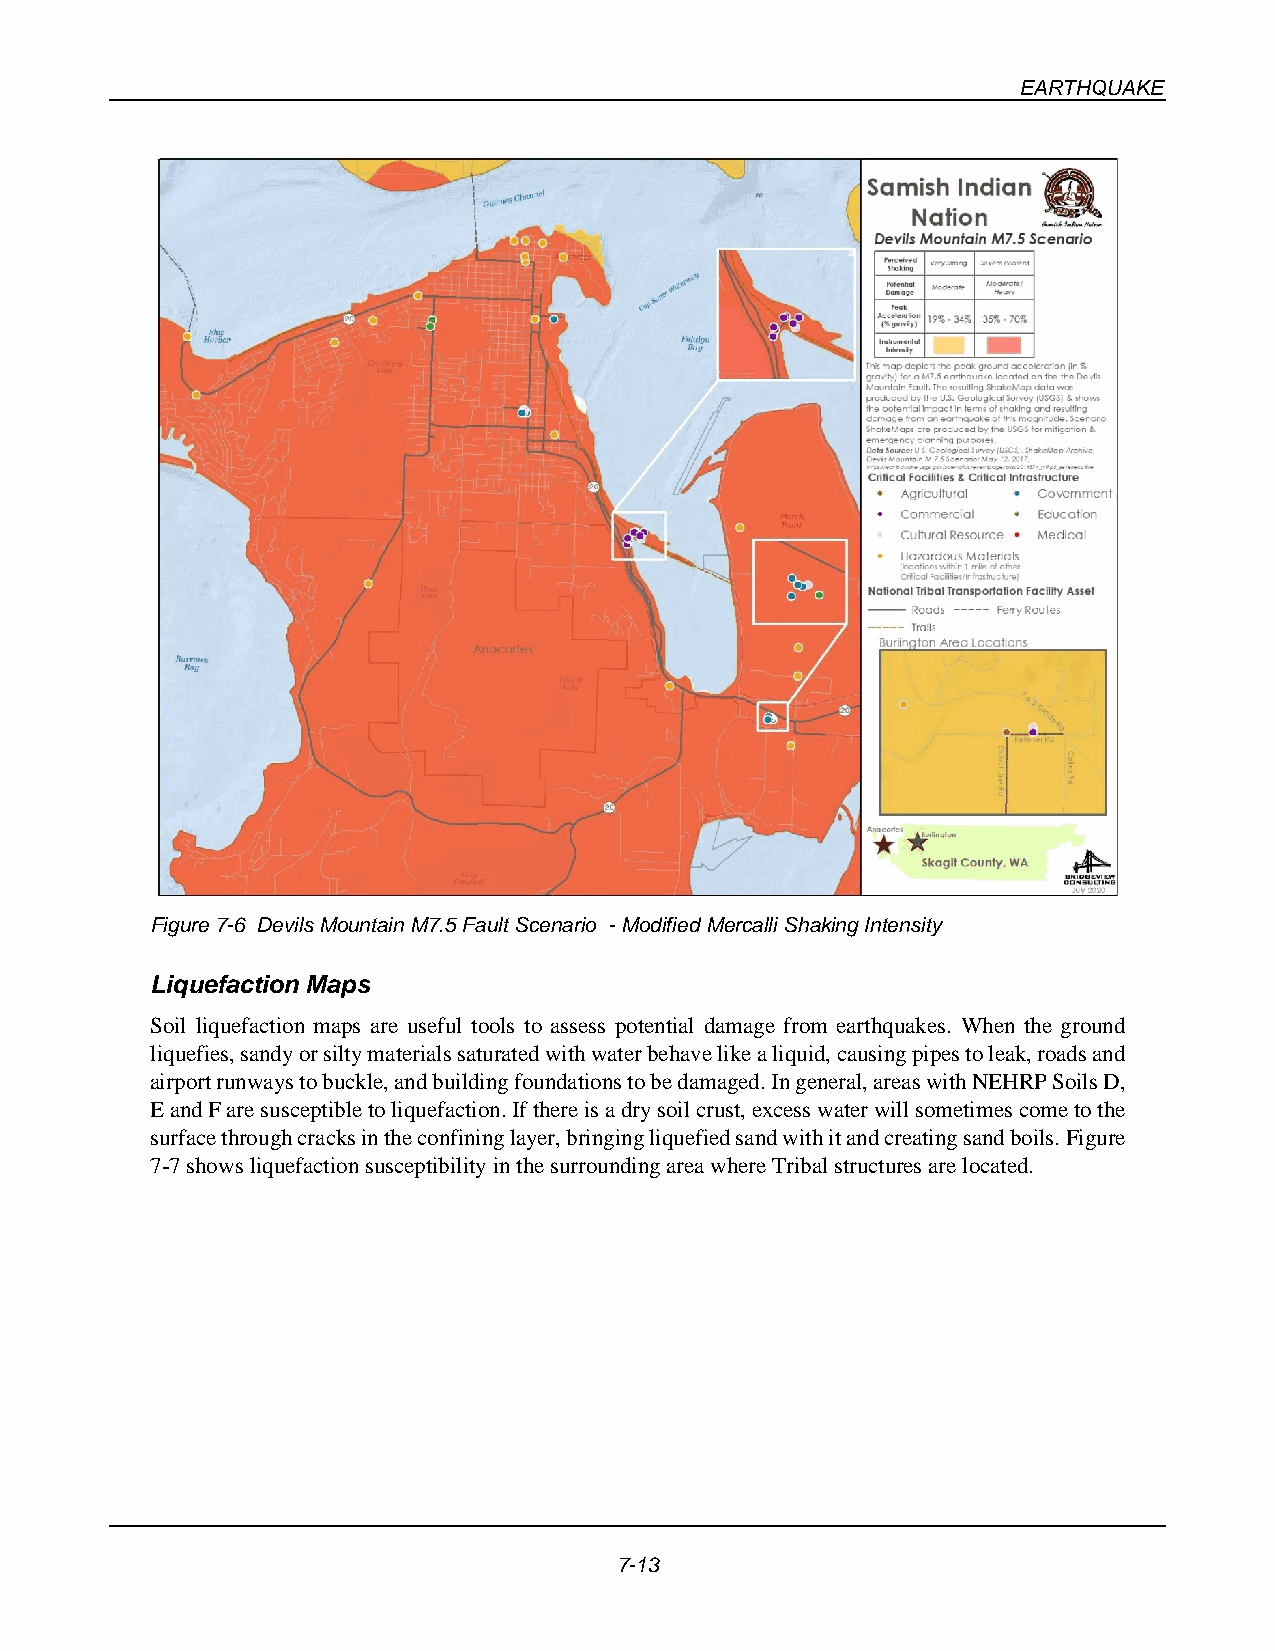
EARTHQUAKE
 Figure 7-6 Devils Mountain M7.5 Fault Scenario - Modified Mercalli Shaking Intensity
 Liquefaction Maps
 Soil liquefaction maps are useful tools to assess potential damage from earthquakes. When the ground
 liquefies, sandy or silty materials saturated with water behave like a liquid, causing pipes to leak, roads and
 airport runways to buckle, and building foundations to be damaged. In general, areas with NEHRP Soils D,
 E and F are susceptible to liquefaction. If there is a dry soil crust, excess water will sometimes come to the
 surface through cracks in the confining layer, bringing liquefied sand with it and creating sand boils. Figure
 7-7 shows liquefaction susceptibility in the surrounding area where Tribal structures are located.
 7-13